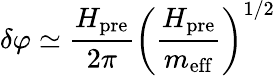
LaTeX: \delta\varphi\simeq\frac{H_{\mathrm{pre}}}{2\pi}\left(\frac{H_{\mathrm{pre}}}{m_{\mathrm{eff}}}\right)^{1/2}